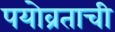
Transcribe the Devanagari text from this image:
पयोव्रताची